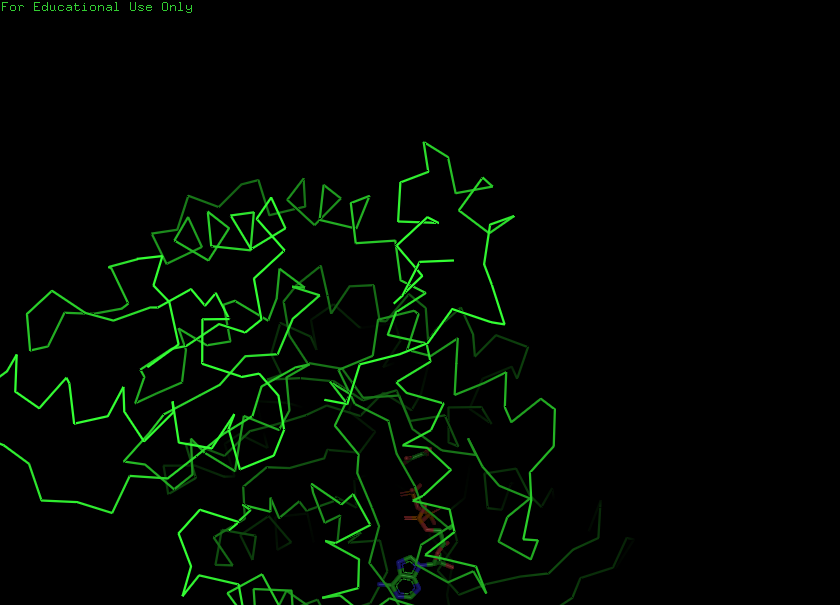
pymol, preset, simple_no_solv